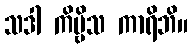
သဒါ ကိဗ္ဗိသ ကာရိဘိ။